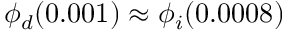
\phi _ { d } ( 0 . 0 0 1 ) \approx \phi _ { i } ( 0 . 0 0 0 8 )